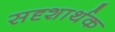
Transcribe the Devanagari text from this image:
सदृशार्थक